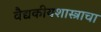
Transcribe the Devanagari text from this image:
वैद्यकीयशास्त्राचा